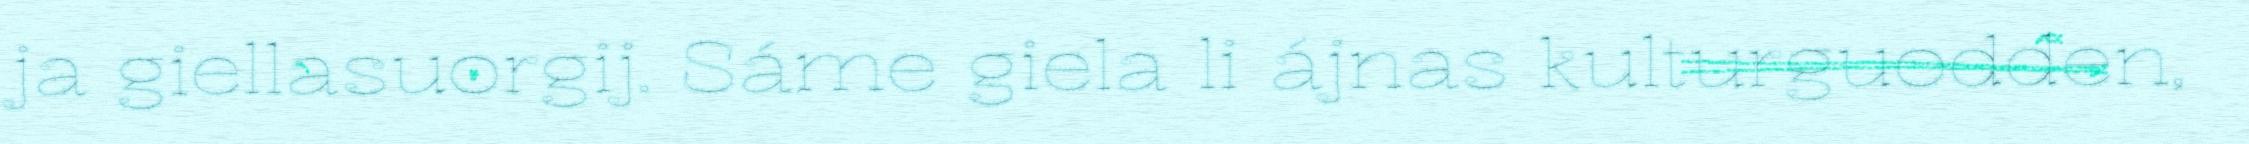
ja giellasuorgij. Sáme giela li ájnas kulturguodden,